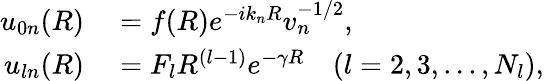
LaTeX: \begin{array}{rl}{u_{0n}(R)}&{{}=f(R)e^{-ik_{n}R}v_{n}^{-1/2},}\\ {u_{ln}(R)}&{{}=F_{l}R^{(l-1)}e^{-\gamma R}\quad(l=2,3,...,N_{l}),}\end{array}